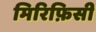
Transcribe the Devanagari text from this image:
मिरिफ़िसी